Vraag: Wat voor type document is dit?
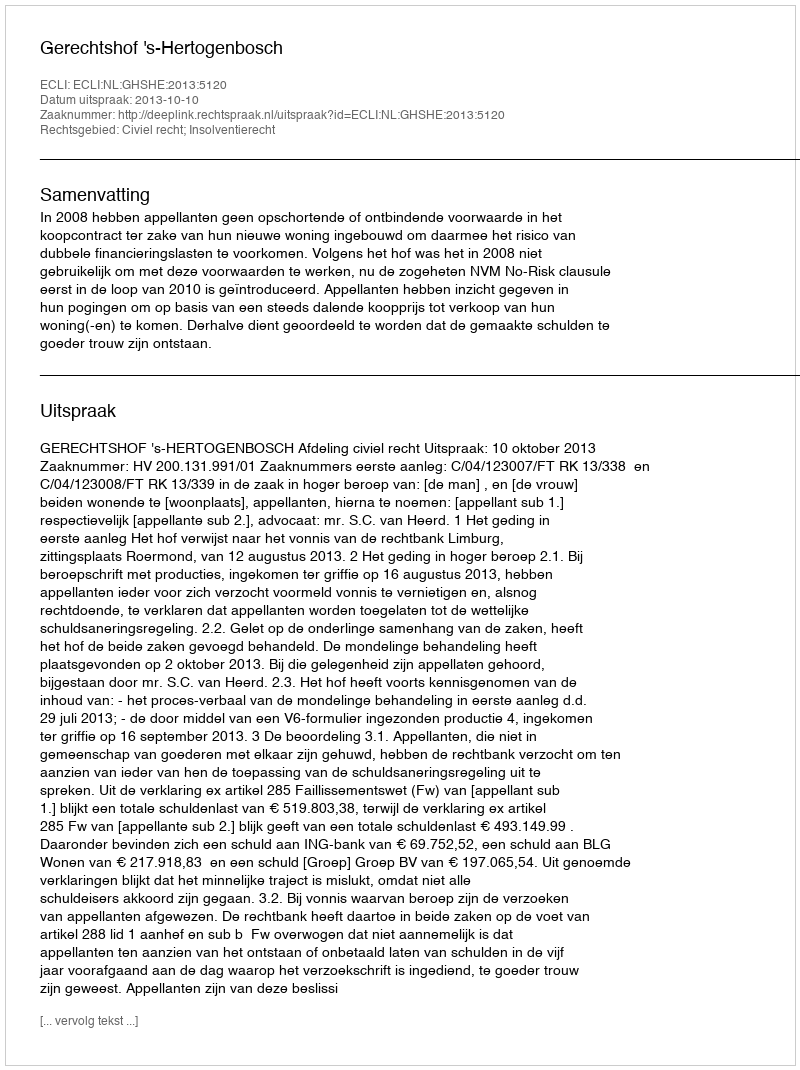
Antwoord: Uitspraak